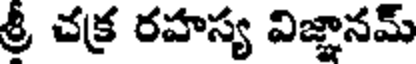
శ్రీ చక్ర రహస్య విజ్ఞానమ్